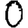
Digit: 0